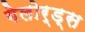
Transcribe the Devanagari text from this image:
गेलोर्ड्स